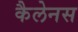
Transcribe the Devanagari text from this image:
कैलेनस